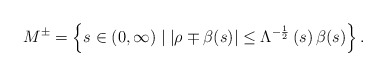
\begin{align*}M^{\pm}=\left\{ s\in\left( 0,\infty\right) \mid\left\vert \rho\mp\beta(s)\right\vert \leq\Lambda^{-\frac{1}{2}}\left( s\right) \beta(s)\right\} .\end{align*}